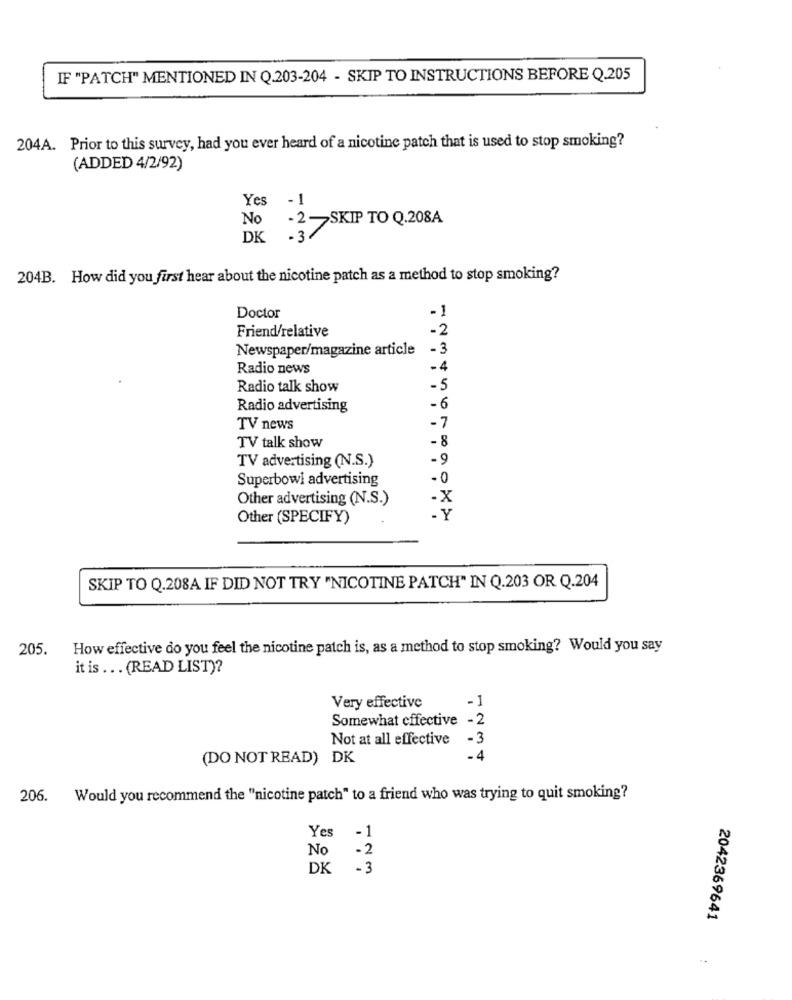
IF "PATCH" MENTIONED IN Q.203-204 - SKIP TO INSTRUCTIONS BEFORE Q.205
204A. Prior to this survey, had you ever heard of a nicotine patch that is used to stop smoking?
(ADDED 4/2/92)
Yes
- 1
No
-2-SKIP TO Q.208A
DK
37
204B. How did you first hear about the nicotine patch as a method to stop smoking?
Doctor
- 1
Friend/relative
-2
Newspaper/magazine article
-3
Radio news
-4
Radio talk show
-5
Radio advertising
-6
TV news
-7
-8
TV talk show
TV advertising (N.S.)
-9
Superbowl advertising
-0
Other advertising (N.S.)
-X
Other (SPECIFY)
SKIP TO Q.208A IF DID NOT TRY "NICOTINE PATCH" IN Q.203 OR Q.204
205.
How effective do you feel the nicotine patch is, as a method to stop smoking? Would you say
it is ... (READ LIST)?
Very effective
-1
Somewhat effective - 2
Not at all effective
-3
(DO NOT READ) DK
-4
206.
Would you recommend the "nicotine patch" to a friend who was trying to quit smoking?
Yes
-1
No
-2
DK
-3
2042369641
: